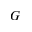
G